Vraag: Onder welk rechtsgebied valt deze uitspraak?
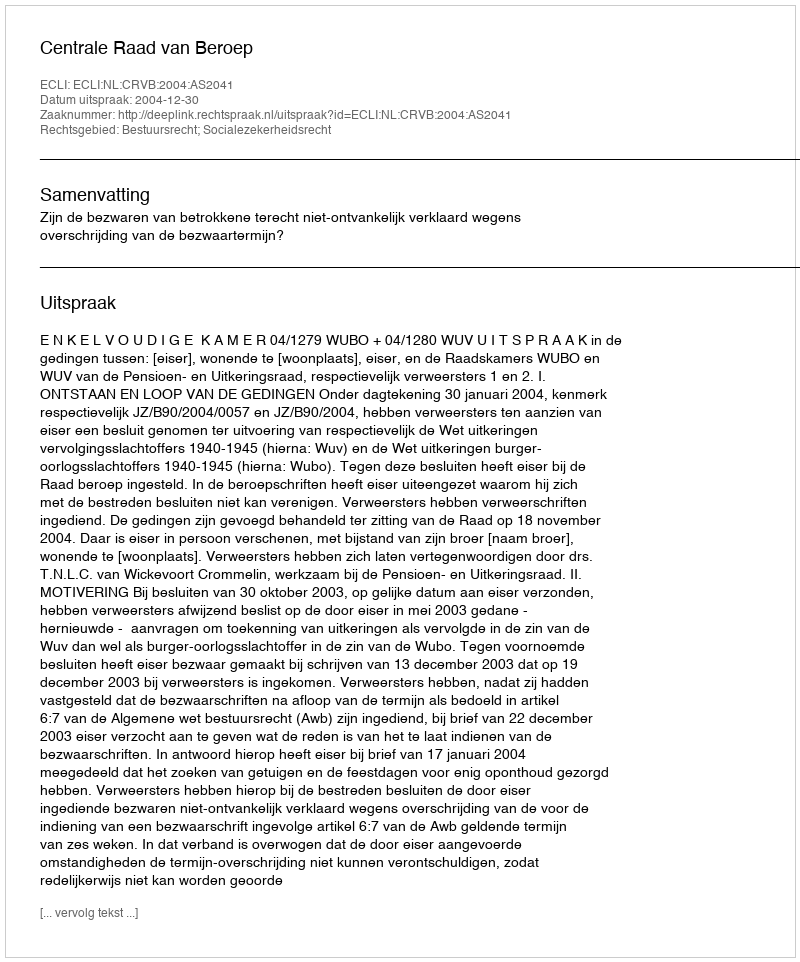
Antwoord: Bestuursrecht; Socialezekerheidsrecht